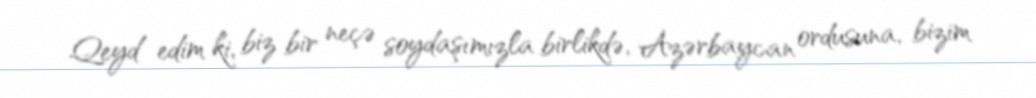
Qeyd edim ki, biz bir neçə soydaşımızla birlikdə, Azərbaycan ordusuna, bizim